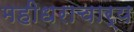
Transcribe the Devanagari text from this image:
महीधराचार्य